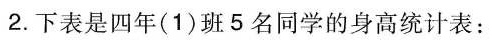
2.下表是四年(1)班5名同学的身高统计表：